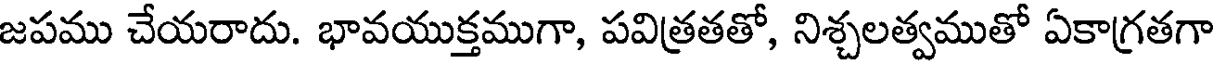
జపము చేయరాదు. భావయుక్తముగా, పవిత్రతతో, నిశ్చలత్వముతో ఏకాగ్రతగా